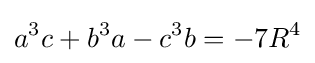
a^{3}c+b^{3}a-c^{3}b=-7R^{4}